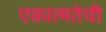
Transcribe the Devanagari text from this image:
एकात्मतेची